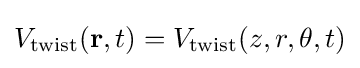
V_{\text{twist}}(\mathbf {r} ,t)=V_{\text{twist}}(z,r,\theta ,t)